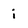
Character: i